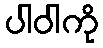
ပါဝါကို